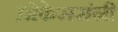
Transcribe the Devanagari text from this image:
प्रोफेसरांनी